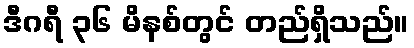
ဒီဂရီ ၃၆ မိနစ်တွင် တည်ရှိသည်။